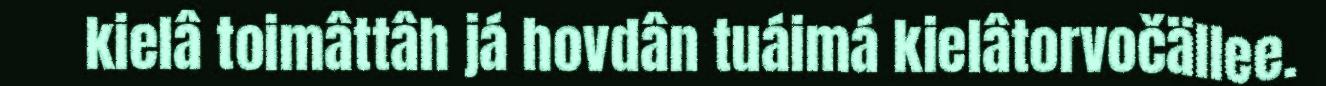
kielâ toimâttâh já hovdân tuáimá kielâtorvočällee.